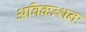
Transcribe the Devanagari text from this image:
अविकत्थनः